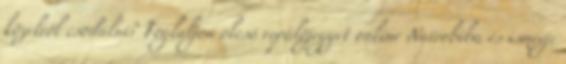
közelről csodálni? Foglaljon olcsó repülőjegyet online Nairobiba és ismerje